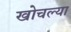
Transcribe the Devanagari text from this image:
खोचल्या